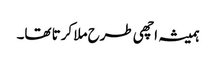
ہمیشہ اچھی طرح ملا کرتا تھا۔